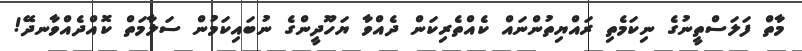
މާތް ފަލަސްތީނުގެ ނިކަމެތި ރައްޔިތުންނައް ކެއްތެރިކަން ދެއްވާ ޔަހޫދީންގެ ނުބައިކަމުން ސަލާމަތް ކޮއްދެއްވާނދޭ!